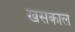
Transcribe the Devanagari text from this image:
खसकाल